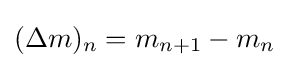
(\Delta m)_{n}=m_{n+1}-m_{n}